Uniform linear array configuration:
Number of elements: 4
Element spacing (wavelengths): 0.5
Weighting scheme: hamming
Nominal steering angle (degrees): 45
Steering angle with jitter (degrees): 45.388
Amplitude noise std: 0.05
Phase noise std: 0.05

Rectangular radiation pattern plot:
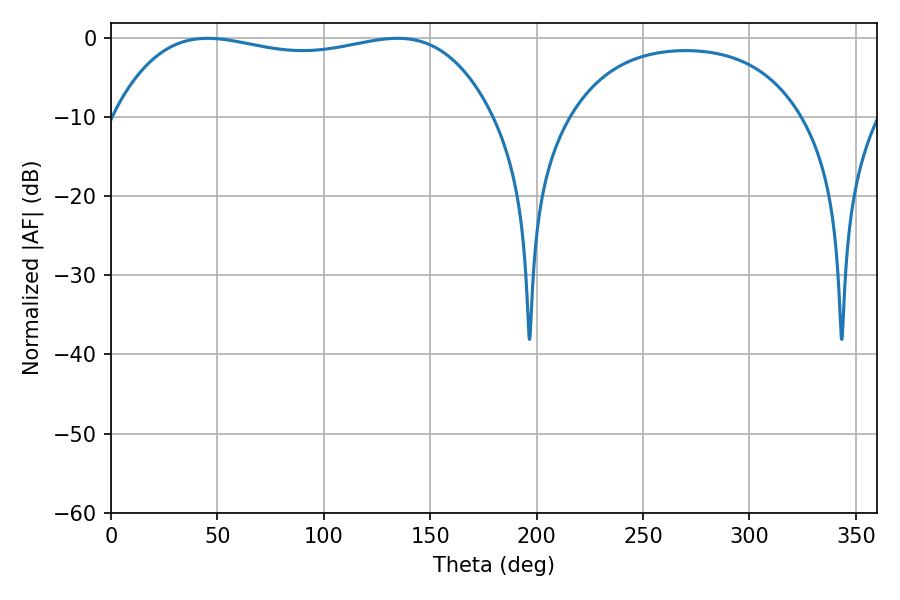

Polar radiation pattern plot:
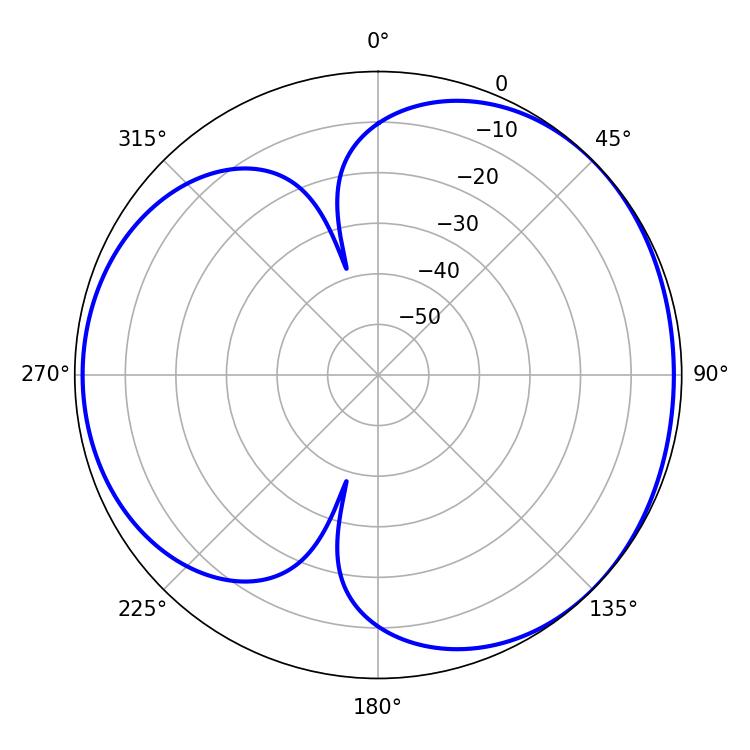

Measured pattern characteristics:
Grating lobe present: FALSE
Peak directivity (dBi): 3.944
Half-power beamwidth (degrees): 143.28
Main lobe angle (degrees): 45.36